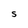
Character: S